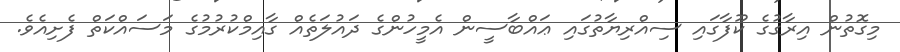
މިގޮތުން އިރާގުގެ ކޫފާގައި ސިއްރިޔާތުގައި ޢައްބާސީން އެމީހުންގެ ދައުލަތެއް ގާއިމްކުރުމުގެ މަސައްކަތް ފެށިއެވެ.